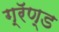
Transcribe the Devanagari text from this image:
ग्रॅण्ड